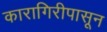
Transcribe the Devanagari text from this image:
कारागिरीपासून